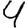
Digit: 4